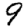
Digit: 9